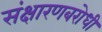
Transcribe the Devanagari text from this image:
संक्षारणबरोधी